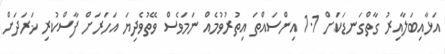
އަޅާއިބަލާއިރު ގާތްގަނޑަކަށް 1.1 އިންސައްތަ އިތުރުވުމެއް ނަމަވެސް ވޭތުވެދިޔަ އަހަރަށް ފާސްކުރި ޚަރަދަށް